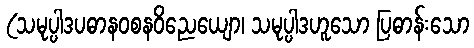
(သမုပ္ပါဒပဓာနဝစနဝိညေယျော၊ သမုပ္ပါဒဟူသော ပြဓာန်းသော